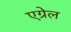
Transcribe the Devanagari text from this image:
एग्रेल